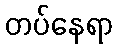
တပ်နေရာ